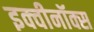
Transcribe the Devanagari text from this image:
इक्वीनॉक्स